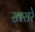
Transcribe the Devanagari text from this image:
खरारे